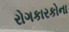
રોગકારકોના